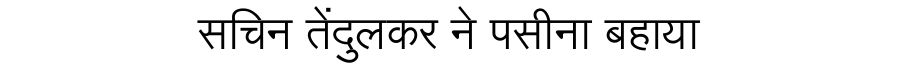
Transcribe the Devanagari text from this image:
सचिन तेंदुलकर ने पसीना बहाया